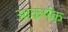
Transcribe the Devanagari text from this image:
अाकर्षक